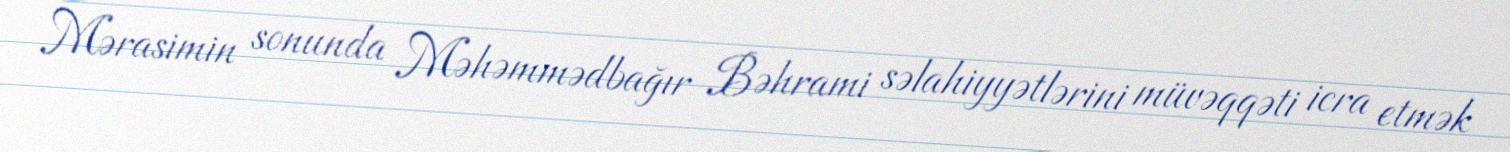
Mərasimin sonunda Məhəmmədbağır Bəhrami səlahiyyətlərini müvəqqəti icra etmək